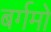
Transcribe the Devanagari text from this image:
बर्गमो